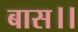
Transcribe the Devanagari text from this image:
बास।।